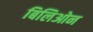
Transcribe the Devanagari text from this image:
बिलिओन